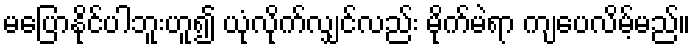
မပြောနိုင်ပါဘူးဟူ၍ ယုံလိုက်လျှင်လည်း မိုက်မဲရာ ကျပေလိမ့်မည်။